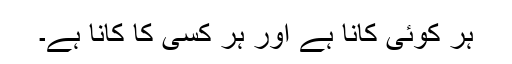
ہر کوئی کانا ہے اور ہر کسی کا کانا ہے۔